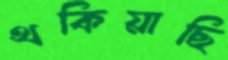
থকিয়াছি